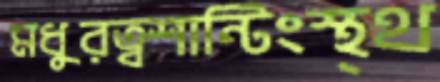
মধুরত্বশান্টিংস্থ্থ